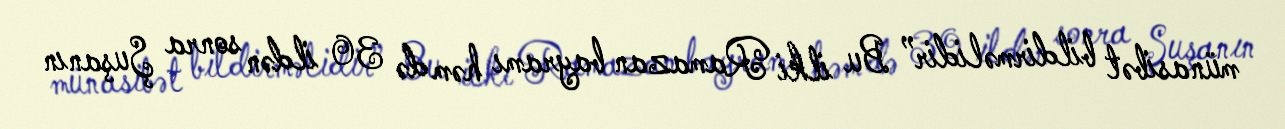
münasibət bildirməlidir” Bu ilki Ramazan bayramı həm də 30 ildən sonra Şuşanın